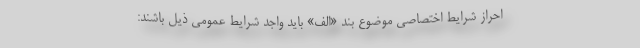
احراز شرایط اختصاصی موضوع بند «الف» باید واجد شرایط عمومی ذیل باشند: